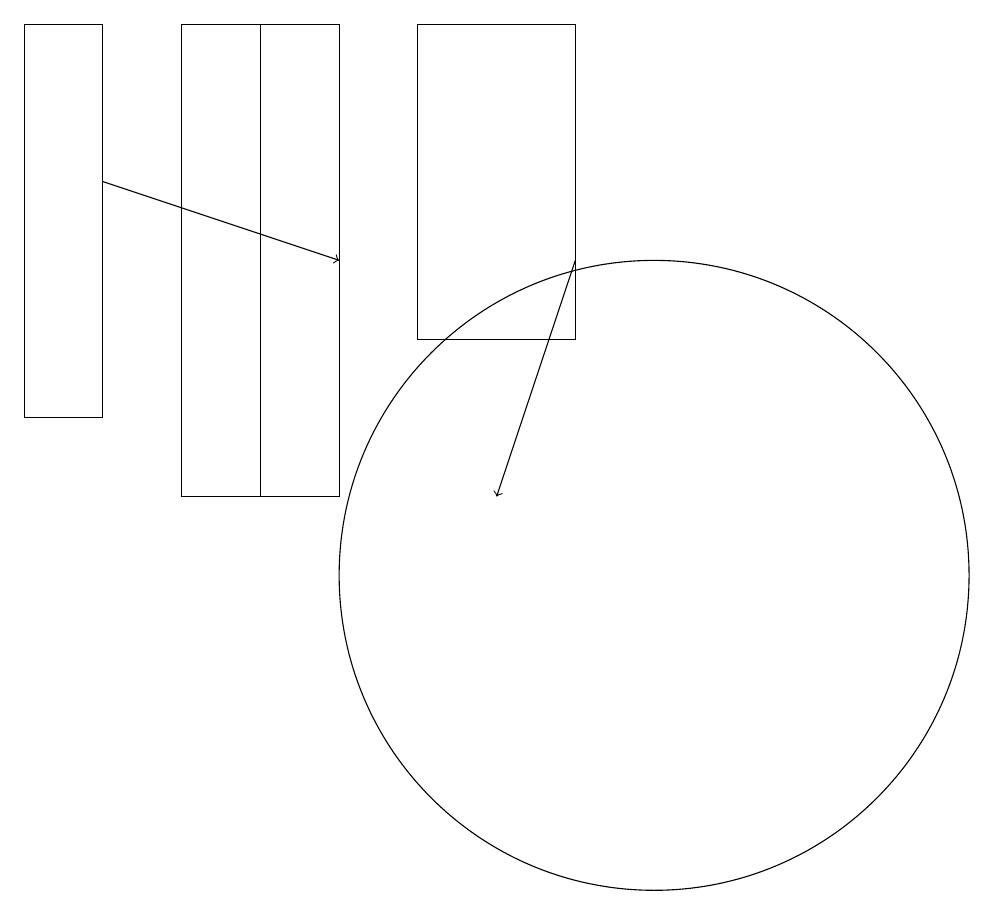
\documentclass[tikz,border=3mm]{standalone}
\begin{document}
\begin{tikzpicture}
\draw[->] (9,14) -- (8,11);
\draw (9,17) rectangle (7,13);
\draw (3,12) rectangle (2,17);
\draw (5,11) rectangle (6,17);
\draw (4,11) rectangle (6,17);
\draw[->] (3,15) -- (6,14);
\draw (10,10) circle (4);
\draw (10,10) circle (0);
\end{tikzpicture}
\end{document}